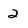
Character: 2